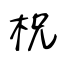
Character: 柷